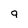
Character: 9